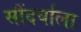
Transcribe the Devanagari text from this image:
सौंदर्याला